65_HS1-834228961_62-HQ-83894_Serial_164
Agency: FBI
Page 100
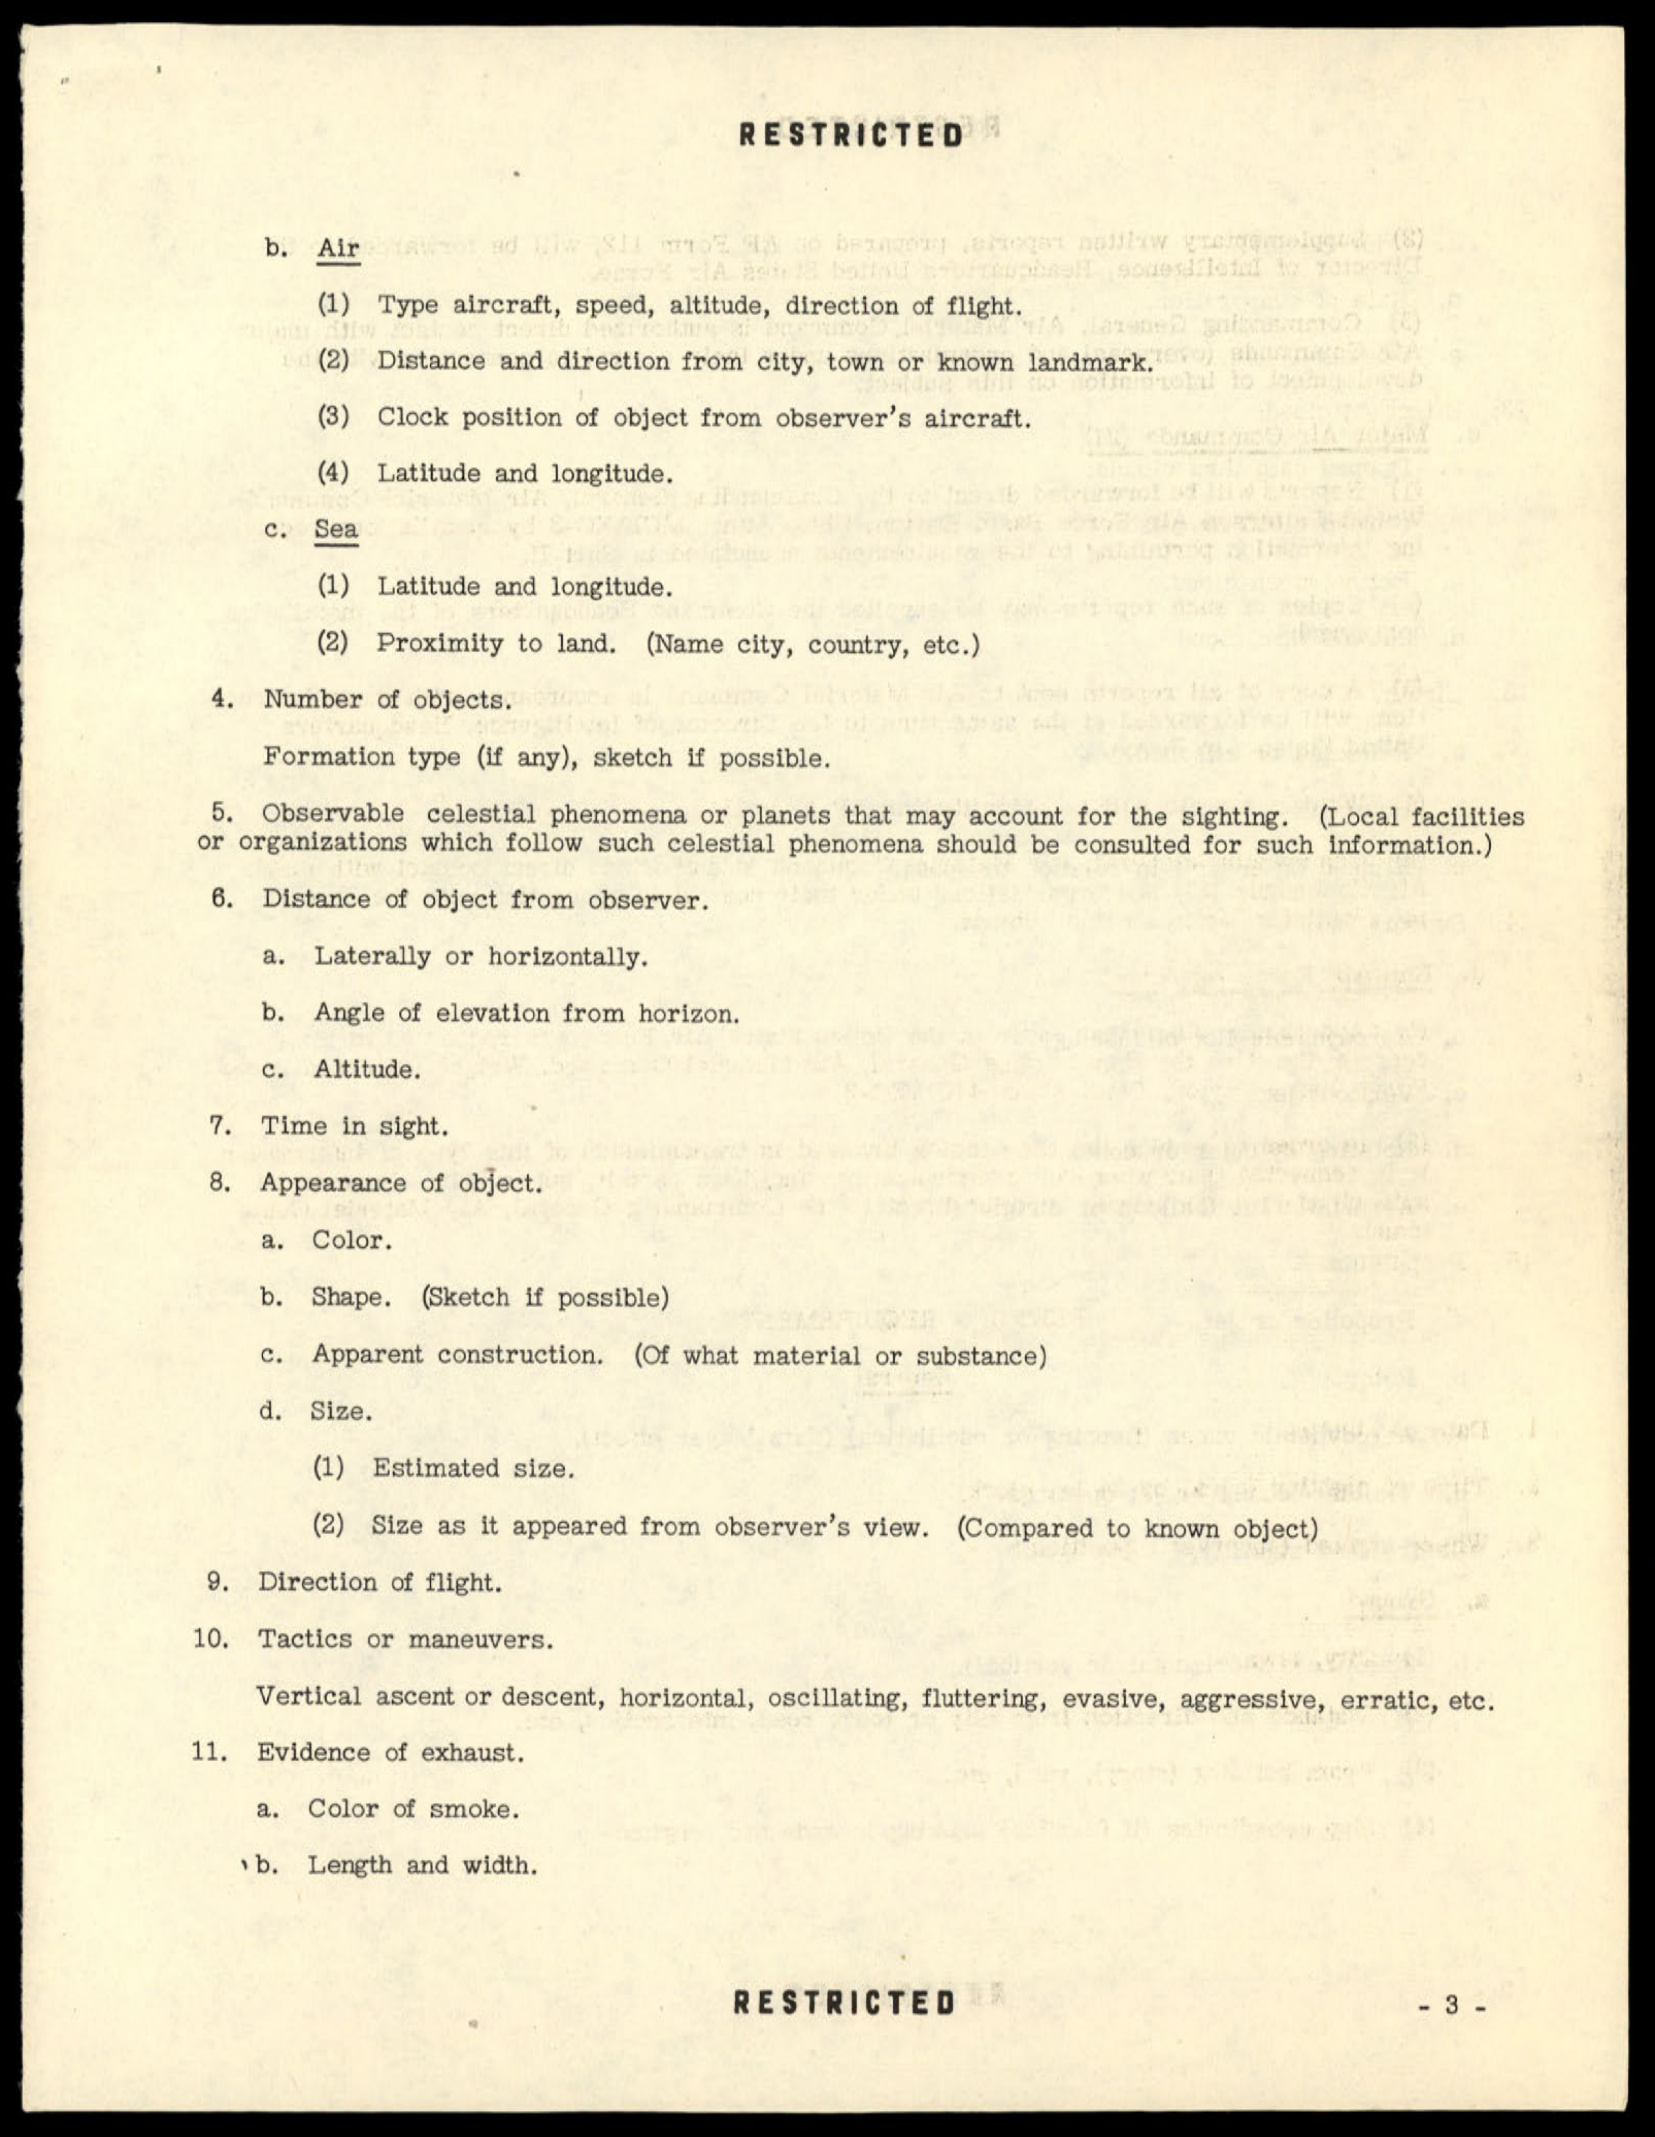